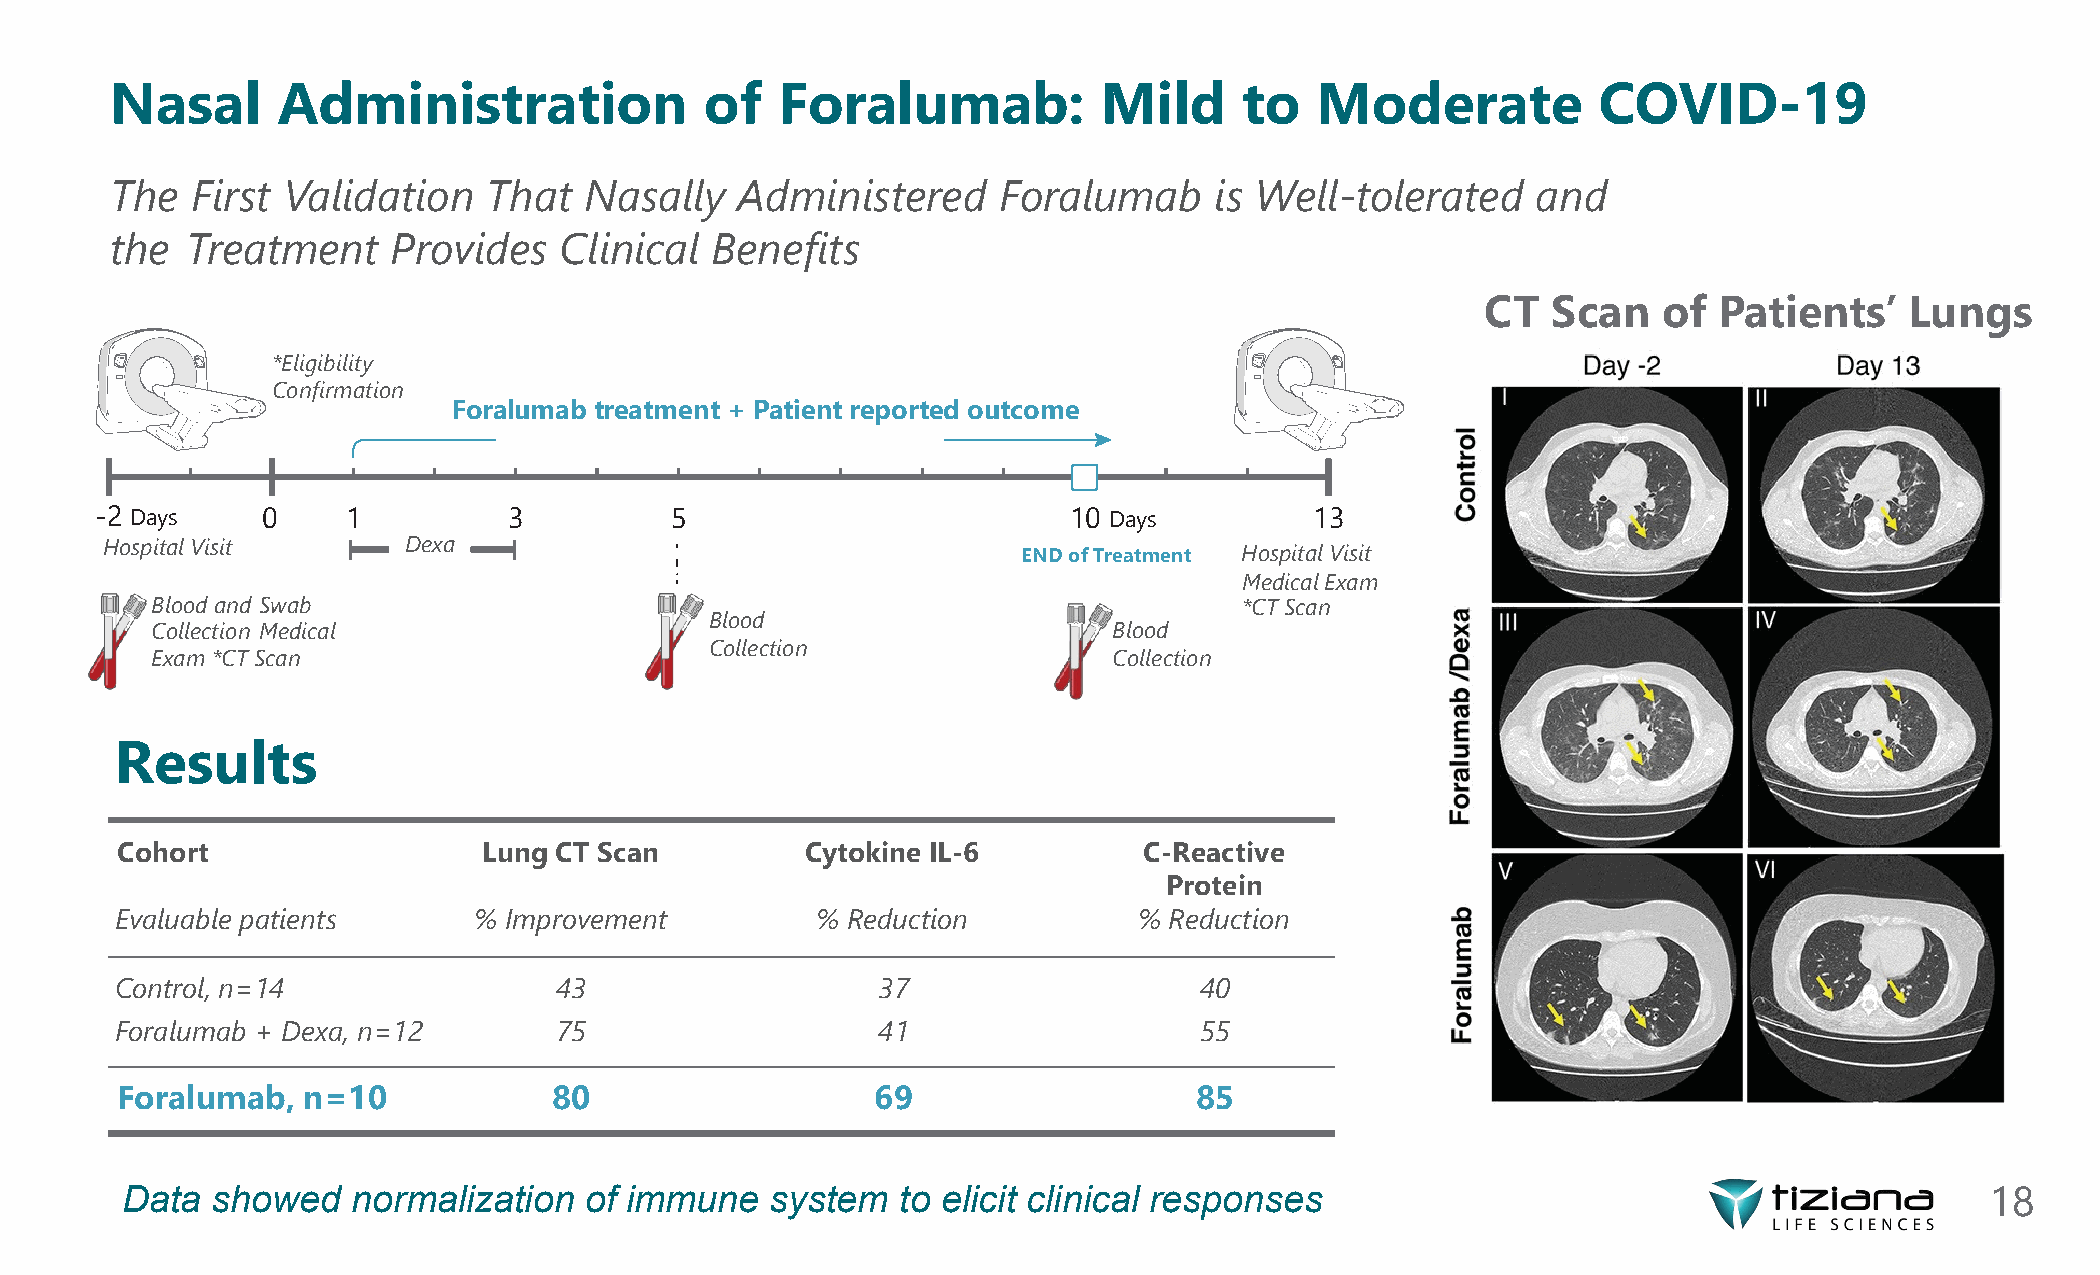
Nasal      Administration               of   Foralumab:           Mild     to   Moderate           COVID-19
 The   First Validation   That   Nasally   Administered     Foralumab     is Well-tolerated     and
 the  Treatment     Provides   Clinical  Benefits
 CT   Scan   of  Patients’   Lungs
 *Eligibility
 Confirmation
 Foralumab treatment + Patient reported outcome
 -2 Days    0     1          3         5                          10 Days         13
 HospitalVisit       Dexa                                                   HospitalVisit
 ENDofTreatment
 MedicalExam
 Blood and Swab                                                          *CTScan
 Blood
 Collection Medical                                              Blood
 Collection
 Exam *CTScan                                                    Collection
 Results
 Cohort                  Lung CT Scan         Cytokine IL-6          C-Reactive
 Protein
 Evaluable patients     % Improvement          % Reduction          % Reduction
 Control, n=14                43                   37                   40
 Foralumab + Dexa, n=12       75                   41                   55
 Foralumab,  n=10             80                   69                   85
 Data  showed   normalization   of immune   system   to elicit clinical responses                                            18